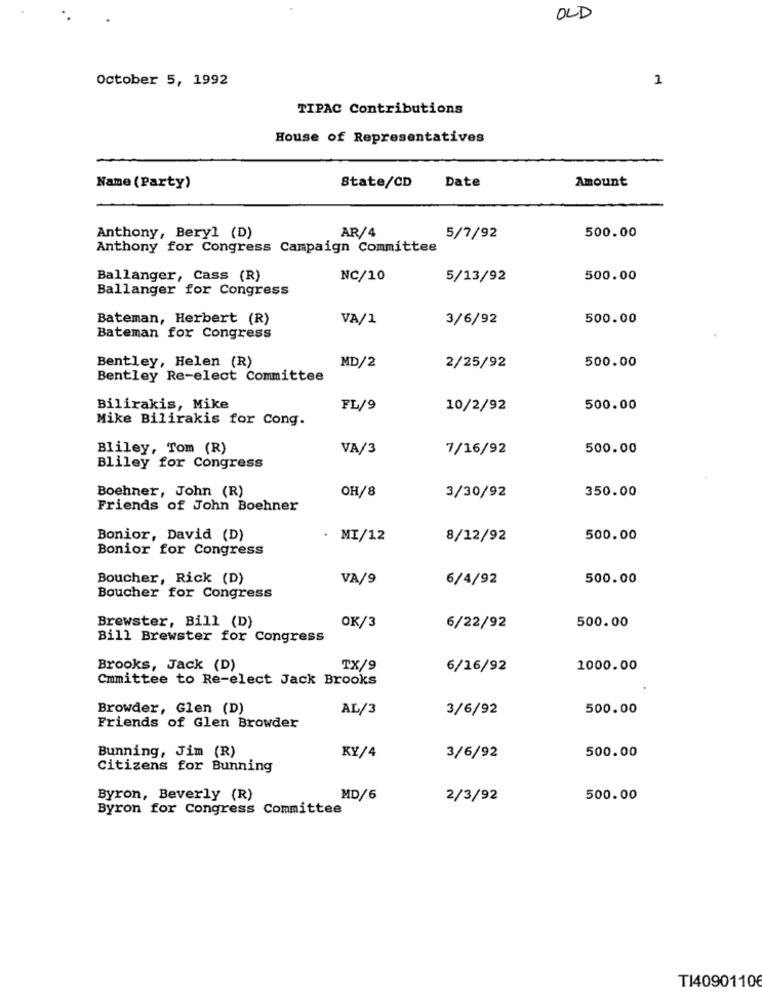
OLD
October 5, 1992
1
TIPAC Contributions
House of Representatives
State/CD
Date
Amount
Name (Party)
AR/4
500.00
Anthony, Beryl (D)
5/7/92
Anthony for Congress Campaign Committee
Ballanger, Cass (R)
NC/10
5/13/92
500.00
Ballanger for Congress
Bateman, Herbert (R)
VA/1
3/6/92
500.00
Bateman for Congress
Bentley, Helen (R)
500.00
MD/2
2/25/92
Bentley Re-elect Committee
Bilirakis, Mike
FL/9
10/2/92
500.00
Mike Bilirakis for Cong.
Bliley, Tom (R)
VA/3
7/16/92
500.00
Bliley for Congress
Boehner, John (R)
OH/8
350.00
3/30/92
Friends of John Boehner
Bonior, David (D)
. MI/12
8/12/92
500.00
Bonior for Congress
Boucher, Rick (D)
VA/9
6/4/92
500.00
Boucher for Congress
Brewster, Bill (D)
OK/3
500.00
6/22/92
Bill Brewster for Congress
Brooks, Jack (D)
TX/9
6/16/92
1000.00
Cmmittee to Re-elect Jack Brooks
Browder, Glen (D)
AL/3
3/6/92
500.00
Friends of Glen Browder
Bunning, Jim (R)
KY/4
500.00
3/6/92
Citizens for Bunning
Byron, Beverly (R)
MD/6
2/3/92
500.00
Byron for Congress Committee
TI40901106